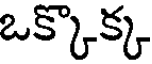
ఒక్కొక్క